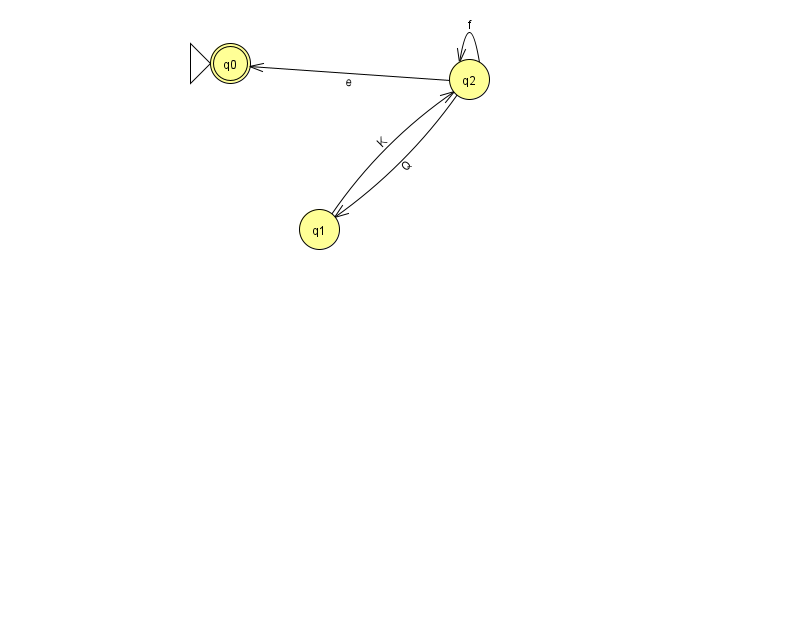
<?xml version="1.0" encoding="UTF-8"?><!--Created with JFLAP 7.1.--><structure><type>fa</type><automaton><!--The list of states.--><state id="0" name="q0"><x>230.0</x><y>50.0</y><initial/><final/></state><state id="1" name="q1"><x>319.0</x><y>216.0</y></state><state id="2" name="q2"><x>469.0</x><y>66.0</y></state><!--The list of transitions.--><transition><from>2</from><to>0</to><read>e</read></transition><transition><from>2</from><to>2</to><read>f</read></transition><transition><from>1</from><to>2</to><read>K</read></transition><transition><from>2</from><to>1</to><read>Q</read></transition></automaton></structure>